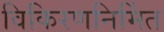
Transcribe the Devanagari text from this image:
विकिरणनिर्मित